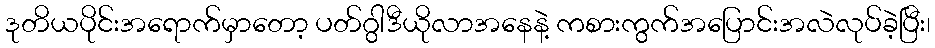
ဒုတိယပိုင်းအရောက်မှာတော့ ပတ်ဂွါဒီယိုလာအနေနဲ့ ကစားကွက်အပြောင်းအလဲလုပ်ခဲ့ပြီး၊